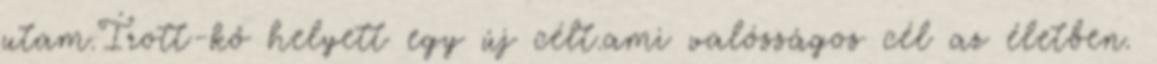
utam.Írott-kő helyett egy új célt.ami valósságos cél az életben.